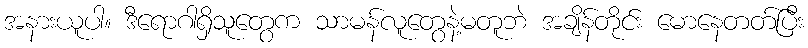
အနားယူပါ။ ဒီရောဂါရှိသူတွေက သာမန်လူတွေနဲ့မတူဘဲ အချိန်တိုင်း မောနေတတ်ပြီး